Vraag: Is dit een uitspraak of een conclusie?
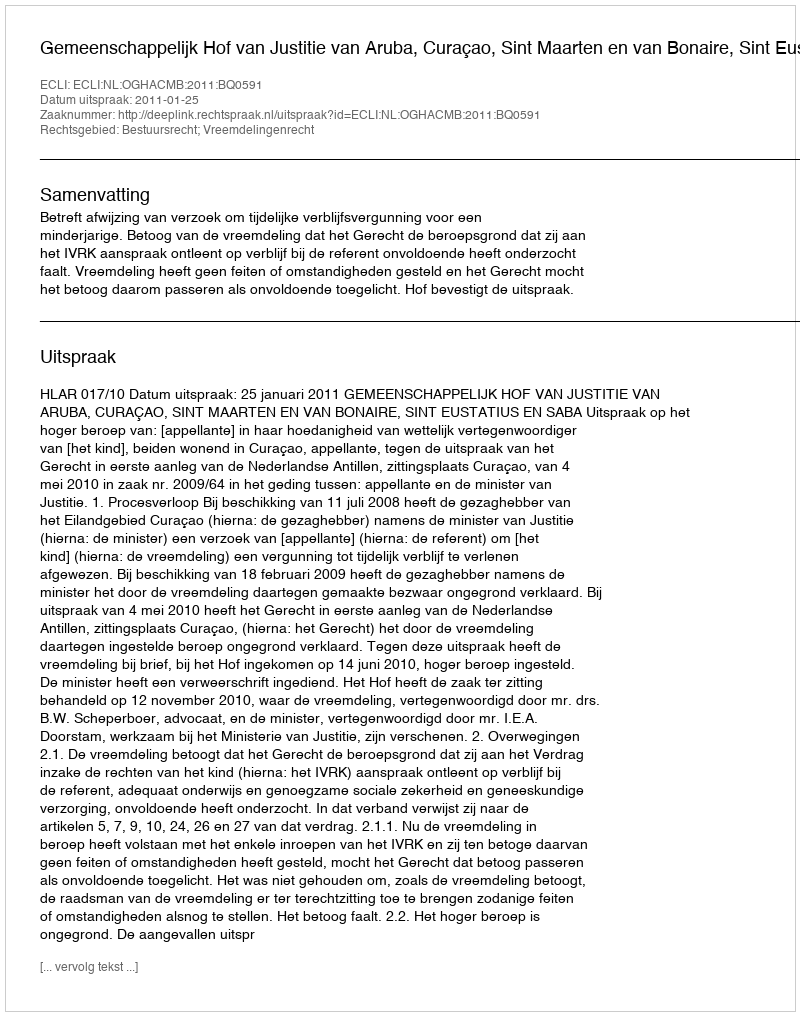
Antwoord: Uitspraak